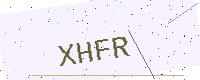
Text: XHFR